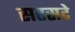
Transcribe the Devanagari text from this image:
सरसटे